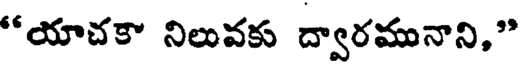
"యాచకా నిలువకు ద్వారమునాని,"